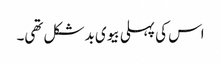
اس کی پہلی بیوی بدشکل تھی۔